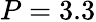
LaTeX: P=3.3